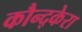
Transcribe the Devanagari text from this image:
कौन्द्केरा